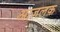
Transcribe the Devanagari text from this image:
आजलक